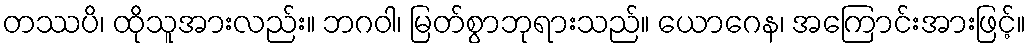
တဿပိ၊ ထိုသူအားလည်း။ ဘဂဝါ၊ မြတ်စွာဘုရားသည်။ ယောဂေန၊ အကြောင်းအားဖြင့်။